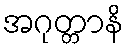
အဂုတ္တာနိ